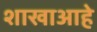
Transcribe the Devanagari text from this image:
शाखाआहे